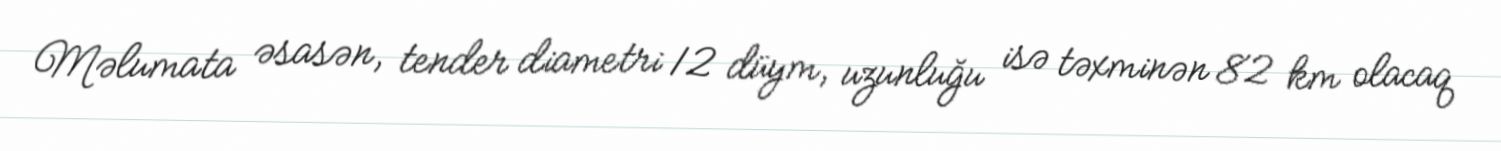
Məlumata əsasən, tender diametri 12 düym, uzunluğu isə təxminən 82 km olacaq